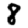
Digit: 8